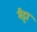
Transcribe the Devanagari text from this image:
मैट्टा